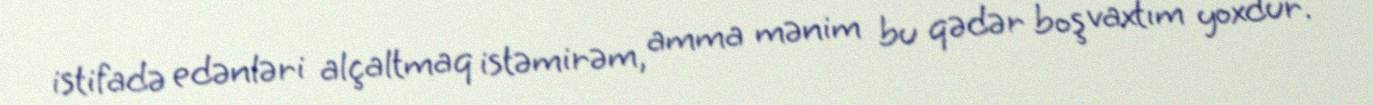
istifadə edənləri alçaltmaq istəmirəm, amma mənim bu qədər boş vaxtım yoxdur.